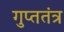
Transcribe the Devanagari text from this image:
गुप्ततंत्र